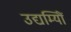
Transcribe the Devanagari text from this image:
उद्यम्यिों